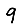
Digit: 9